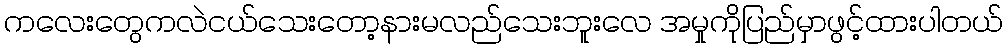
ကလေးတွေကလဲငယ်သေးတော့နားမလည်သေးဘူးလေ အမှုကိုပြည်မှာဖွင့်ထားပါတယ်